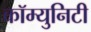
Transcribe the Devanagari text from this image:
कॉम्‍युनिटी